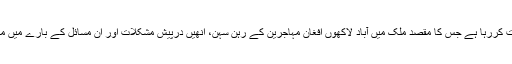
اقوام متحدہ کا ادارہ یواین ایچ سی آر پاکستان حکومت کی ایک سروے میں معاونت کررہا ہے جس کا مقصد ملک میں آباد لاکھوں افغان مہاجرین کے رہن سہن، اُنھیں درپیش مشکلات اور اُن مسائل کے بارے میں معلومات جمع کرنا ہے جن کی وجہ سے وہ افغانستان واپس جانے سے قاصر ہیں۔